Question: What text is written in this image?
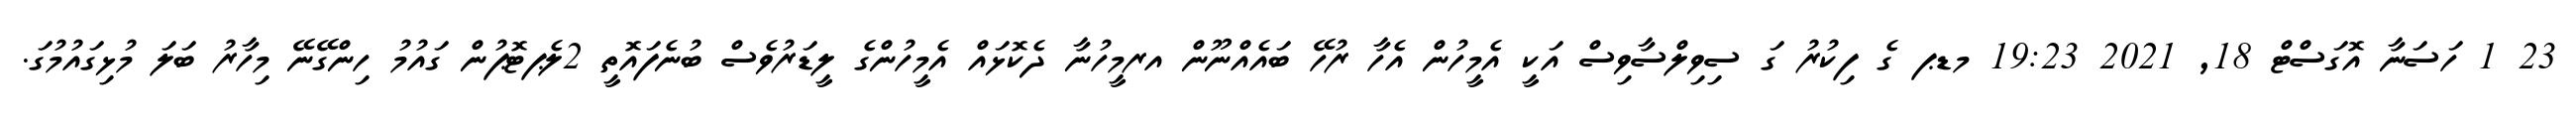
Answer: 23 1 ހަސަނާ އޮގަސްޓް 18, 2021 19:23 މޑޕ ގެ ފިކުރު ގަ ސިވިލްސާވިސް އަކީ އެމީހުން އެހާ ރުހޭ ބައެއްނޫން އރމީހުނާ ދެކޮޅައް އެމީހުންގެ ލީޑަރުވެސް ބުނެފައޮތީ 2ލެޕޓޮޕުން ގައުމު ހިންގޭނޭ މިހާރު ބަލަ މުޅިގައުމުގަ.